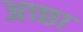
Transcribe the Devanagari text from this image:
अच्छा